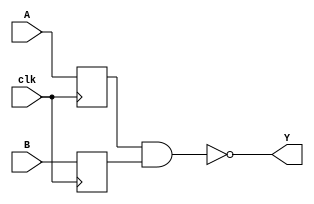
module NAND_Gate_Delay(
    input wire A,
    input wire B,
    output reg Y,
    input wire clk
);

reg synchronized_A;
reg synchronized_B;

// Timing control and synchronization blocks
always @(posedge clk) begin
    synchronized_A <= A; // Synchronize input A with clock
    synchronized_B <= B; // Synchronize input B with clock
end

// NAND gate operation with synchronized inputs
assign Y = ~(synchronized_A & synchronized_B);

endmodule